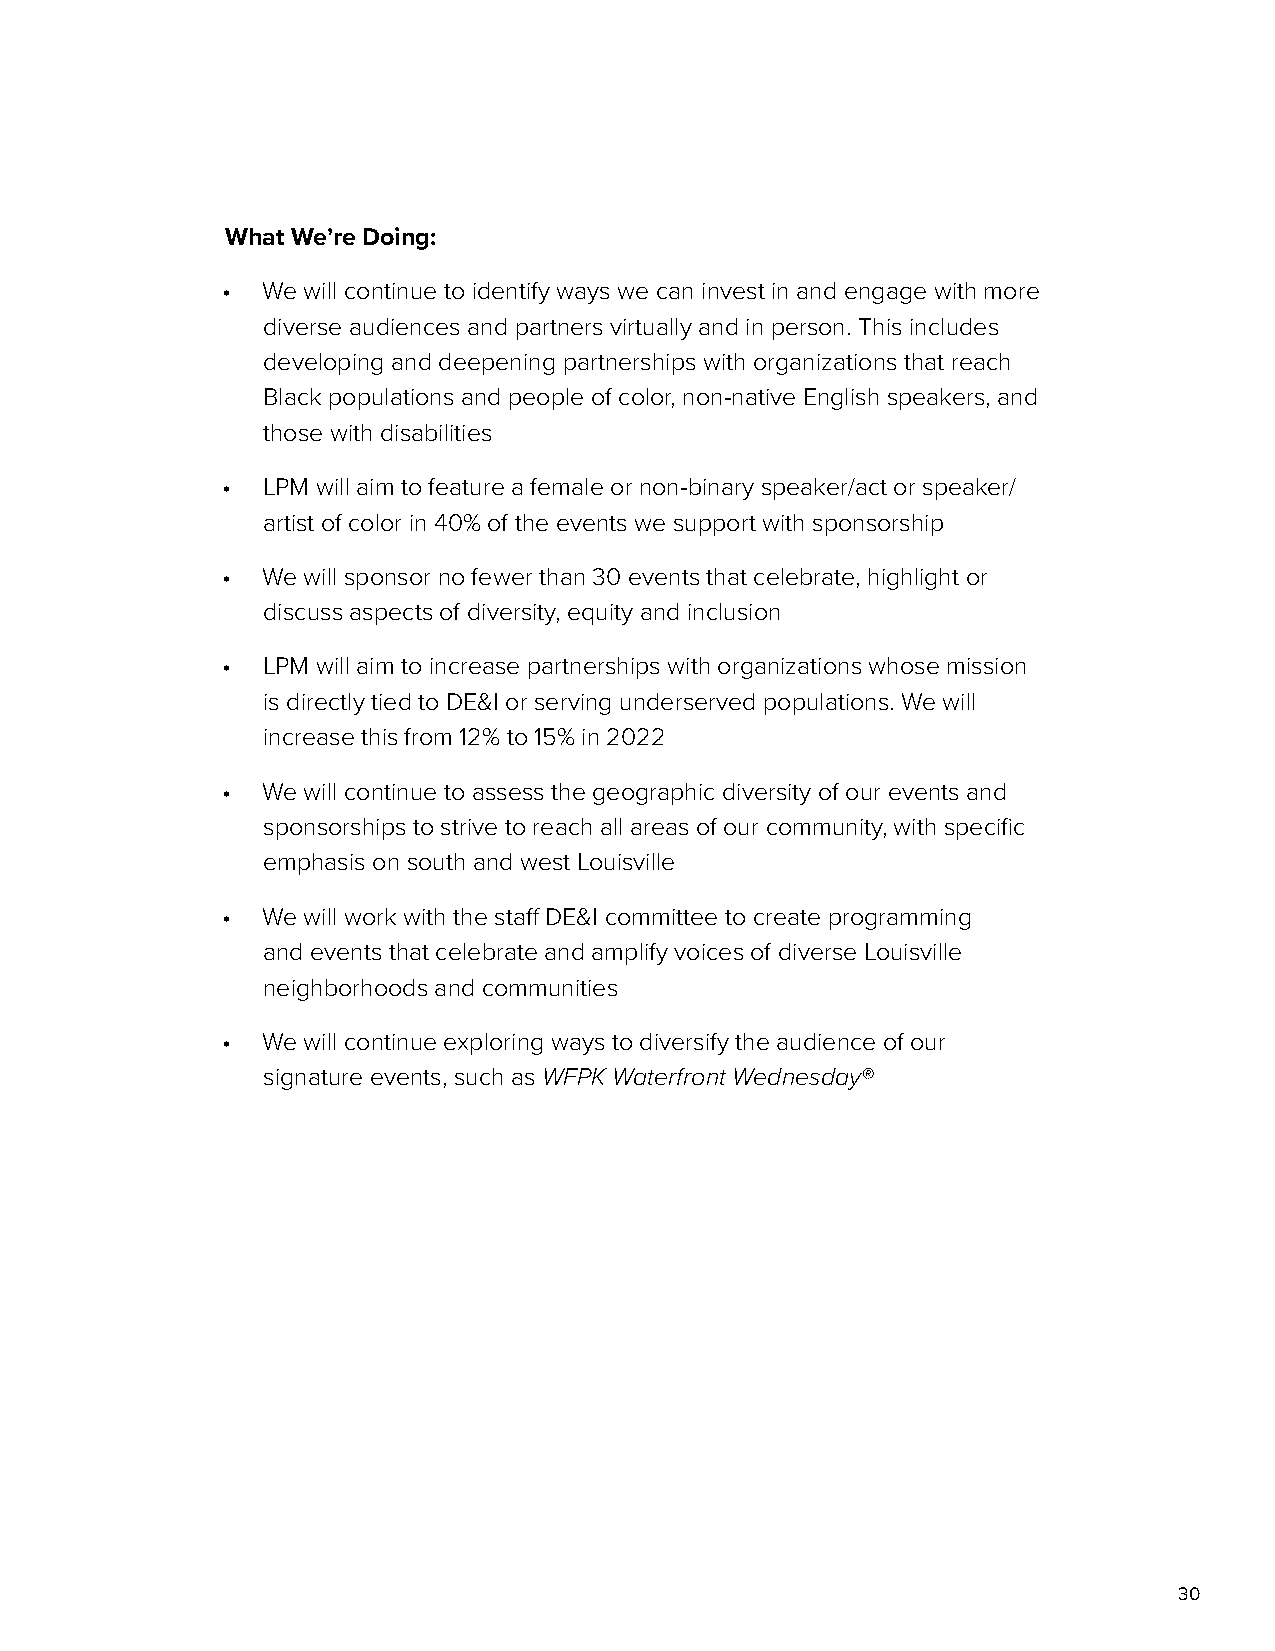
What We’re Doing:
 • We will continue to identify ways we can invest in and engage with more
 diverse audiences and partners virtually and in person. This includes
 developing and deepening partnerships with organizations that reach
 Black populations and people of color, non-native English speakers, and
 those with disabilities
 • LPM will aim to feature a female or non-binary speaker/act or speaker/
 artist of color in 40% of the events we support with sponsorship
 • We will sponsor no fewer than 30 events that celebrate, highlight or
 discuss aspects of diversity, equity and inclusion
 • LPM will aim to increase partnerships with organizations whose mission
 is directly tied to DE&I or serving underserved populations. We will
 increase this from 12% to 15% in 2022
 • We will continue to assess the geographic diversity of our events and
 sponsorships to strive to reach all areas of our community, with specific
 emphasis on south and west Louisville
 • We will work with the staff DE&I committee to create programming
 and events that celebrate and amplify voices of diverse Louisville
 neighborhoods and communities
 • We will continue exploring ways to diversify the audience of our
 signature events, such as WFPK Waterfront Wednesday®
 30